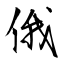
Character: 俄